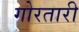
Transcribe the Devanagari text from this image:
गोरतारी